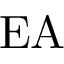
\mathrm { E A }